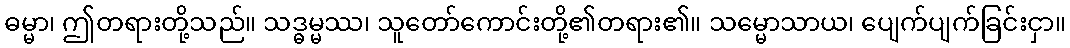
ဓမ္မာ၊ ဤတရားတို့သည်။ သဒ္ဓမ္မဿ၊ သူတော်ကောင်းတို့၏တရား၏။ သမ္မောသာယ၊ ပျေက်ပျက်ခြင်းငှာ။